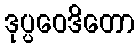
ဒုပ္ပဝေဒိတော